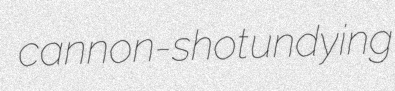
cannon-shot undying